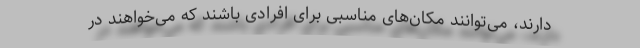
دارند، می‌توانند مکان‌های مناسبی برای افرادی باشند که می‌خواهند در